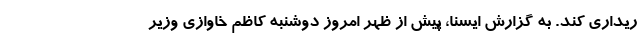
ریداری کند. به گزارش ایسنا، پیش از ظهر امروز دوشنبه کاظم خاوازی وزیر